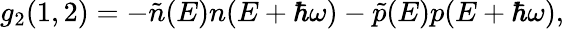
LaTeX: \begin{array}{r}{g_{2}(1,2)=-\tilde{n}(E)n(E+\hbar\omega)-\tilde{p}(E)p(E+\hbar\omega),}\end{array}